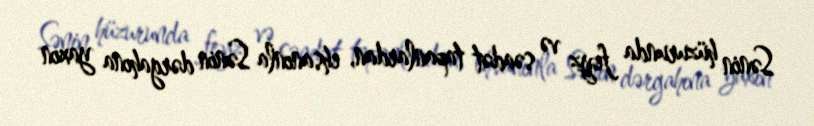
Sənin hüzurunda feyz və səadət tapanlardan, ehsanınla Sənin dərgahına yaxın